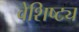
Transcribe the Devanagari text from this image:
वेशिष्ट्य